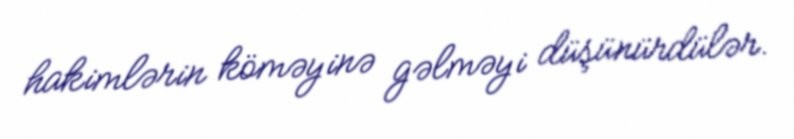
hakimlərin köməyinə gəlməyi düşünürdülər.